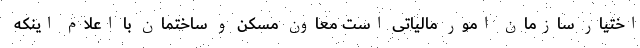
اختیار سازمان امور مالیاتی است معاون مسکن و ساختمان با اعلام اینکه